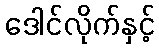
ဒေါင်လိုက်နှင့်